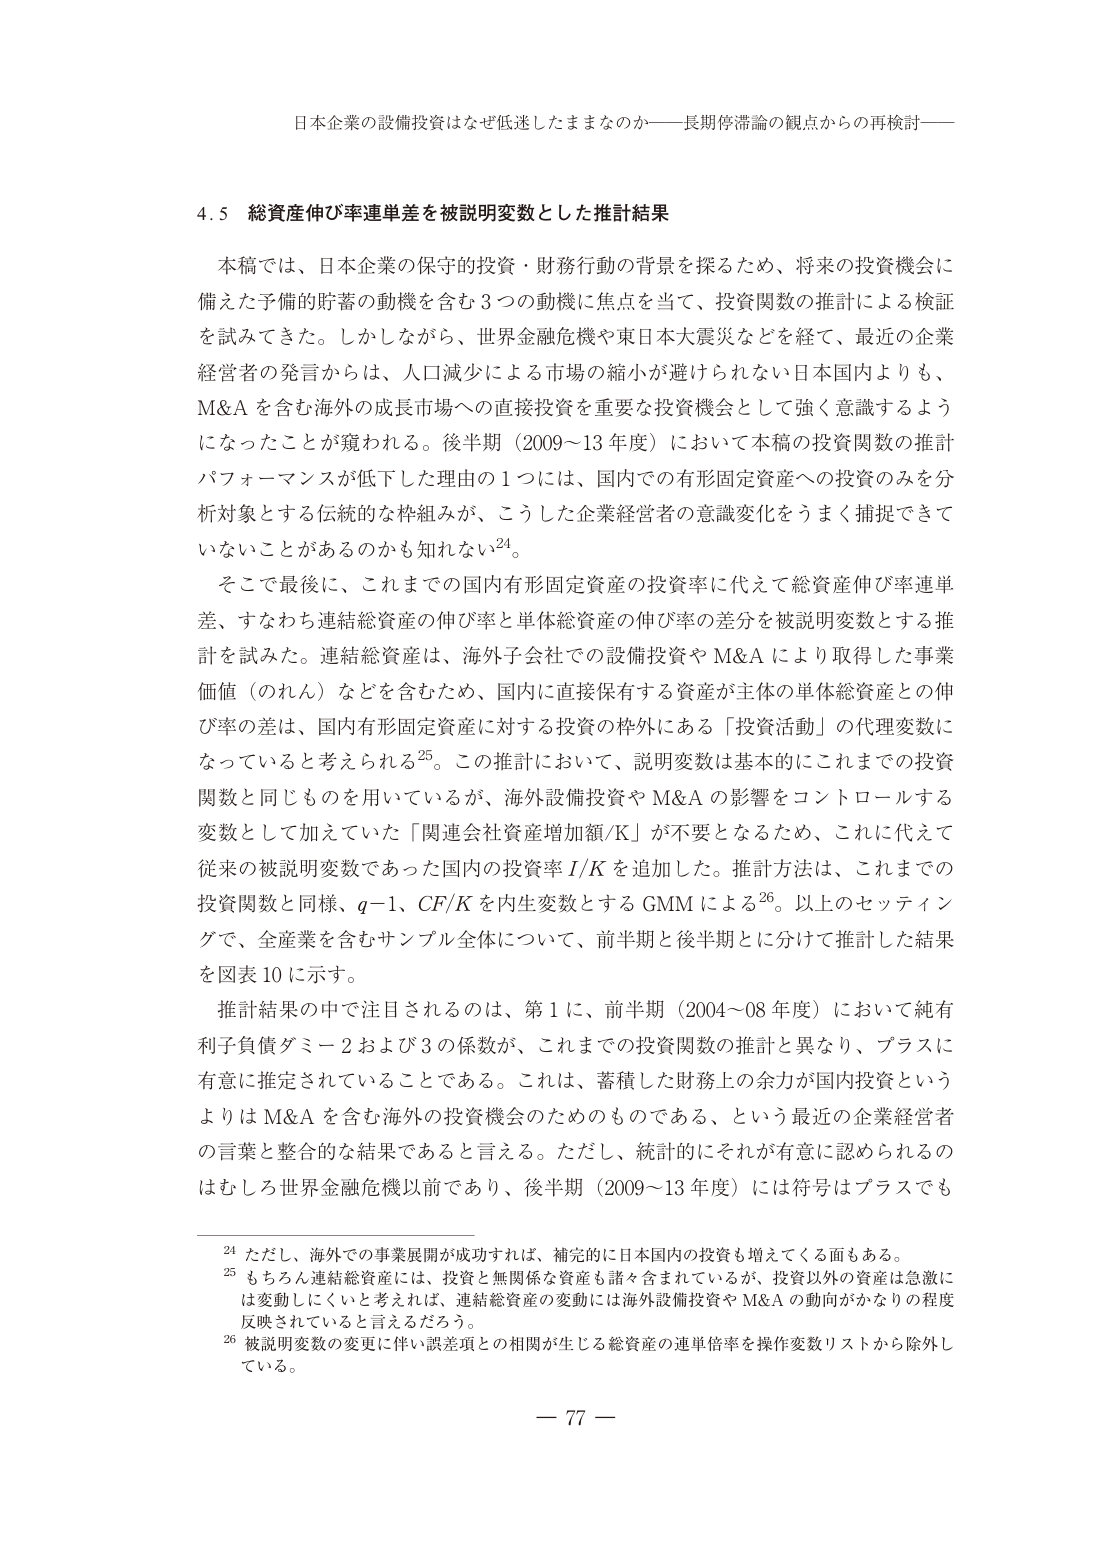
日本企業の設備投資はなぜ低迷したままなのか――長期停滞論の観点からの再検討――

4.5 総資産伸び率連単差を被説明変数とした推計結果

本稿では、日本企業の保守的投資・財務行動の背景を探るため、将来の投資機会に備えた予備的貯蓄の動機を含む3つの動機に焦点を当て、投資関数の推計による検証を試みてきた。しかしながら、世界金融危機や東日本大震災などを経て、最近の企業経営者の発言からは、人口減少による市場の縮小が避けられない日本国内よりも、M&Aを含む海外の成長市場への直接投資を重要な投資機会として強く意識するようになったことが窺われる。後半期（2009～13年度）において本稿の投資関数の推計パフォーマンスが低下した理由の1つには、国内での有形固定資産への投資のみを分析対象とする伝統的な枠組みが、こうした企業経営者の意識変化をうまく捕捉できていないことがあるのかも知れない24。

そこで最後に、これまでの国内有形固定資産の投資率に代えて総資産伸び率連単差、すなわち連結総資産の伸び率と単体総資産の伸び率の差分を被説明変数とする推計を試みた。連結総資産は、海外子会社での設備投資やM&Aにより取得した事業価値（のれん）などを含むため、国内に直接保有する資産が主体の単体総資産との伸び率の差は、国内有形固定資産に対する投資の枠外にある「投資活動」の代理変数になっていると考えられる25。この推計において、説明変数は基本的にこれまでの投資関数と同じものを用いているが、海外設備投資やM&Aの影響をコントロールする変数として加えていた「関連会社資産増加額/K」が不要となるため、これに代えて従来の被説明変数であった国内の投資率I/Kを追加した。推計方法は、これまでの投資関数と同様、q-1、CF/Kを内生変数とするGMMによる26。以上のセッティングで、全産業を含むサンプル全体について、前半期と後半期とに分けて推計した結果を図表10に示す。

推計結果の中で注目されるのは、第1に、前半期（2004～08年度）において純有利子負債ダミー2および3の係数が、これまでの投資関数の推計と異なり、プラスに有意に推定されていることである。これは、蓄積した財務上の余力が国内投資というよりはM&Aを含む海外の投資機会のためのものである、という最近の企業経営者の言葉と整合的な結果であると言える。ただし、統計的にそれが有意に認められるのはむしろ世界金融危機以前であり、後半期（2009～13年度）には符号はプラスでも

24 ただし、海外での事業展開が成功すれば、補完的に日本国内の投資も増えてくる面もある。
25 もちろん連結総資産には、投資と無関係な資産も諸々含まれているが、投資以外の資産は急激には変動しにくいと考えれば、連結総資産の変動には海外設備投資やM&Aの動向がかなりの程度反映されていると言えるだろう。
26 被説明変数の変更に伴い誤差項との相関が生じる総資産の連単倍率を操作変数リストから除外している。

— 77 —